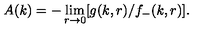
A ( k ) = - \lim _ { r \to 0 } [ g ( k , r ) / f _ { - } ( k , r ) ] .